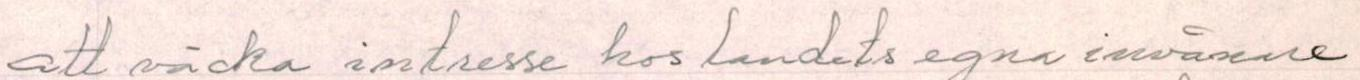
att väcka intresse hos landets agna invånare